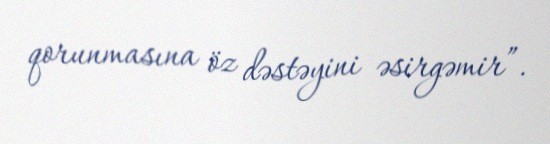
qorunmasına öz dəstəyini əsirgəmir”.